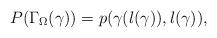
LaTeX: \begin{align*}P(\Gamma_{\Omega}(\gamma))=p(\gamma(l(\gamma)),l(\gamma)),\end{align*}